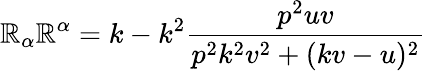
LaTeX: \mathbb{R}_{\alpha}\mathbb{R}^{\alpha}=k-k^{2}\frac{{p^{2}uv}}{{p^{2}k^{2}v^{2}+(kv-u)^{2}}}